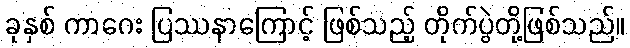
ခုနှစ် ကာဂေး ပြဿနာကြောင့် ဖြစ်သည့် တိုက်ပွဲတို့ဖြစ်သည်။